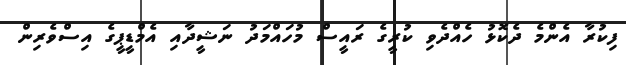
ފިކުރާ އެންމެ ދެކޮޅު ހެއްދެވި ކުރީގެ ރައީސް މުހައްމަދު ނަޝީދާއި އެމްޑީޕީގެ އިސްވެރިން